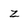
Character: Z